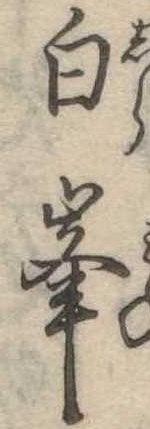
白峰